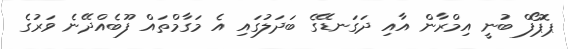
ޕޮޕޯފް ބުނީ އިމްރާން އާއި ދަގަނޑޭގެ ބަދަލުގައި އެ މަގާމްތައް ފޫބެއްދޭނެ ވަރުގެ